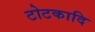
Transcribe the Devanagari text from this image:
टोटकादि